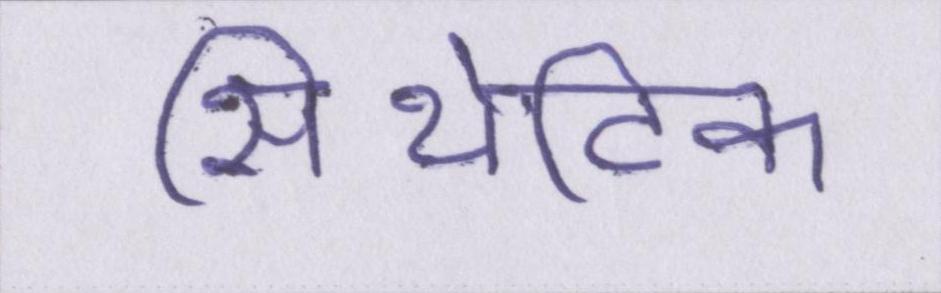
सिंथेटिक